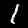
Digit: 1